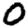
Digit: 0